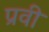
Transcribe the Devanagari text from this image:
प्रवी